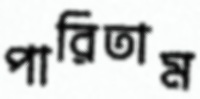
পারিতাম